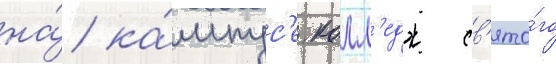
на́ ка́мпус'е. колл'едж св'ято́го